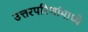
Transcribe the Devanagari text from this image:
उत्तरपरिणांमाध्ये